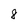
Character: 8